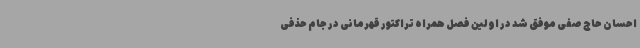
احسان حاج صفی موفق شد در اولین فصل همراه تراکتور قهرمانی در جام حذفی